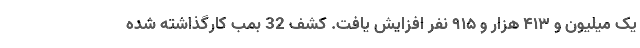
یک میلیون و ۴۱۳ هزار و ۹۱۵ نفر افزایش یافت. کشف 32 بمب کارگذاشته شده